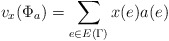
\begin{align*}v_x(\Phi_a) = \sum_{e \in E(\Gamma)} x(e)a(e)\\\end{align*}